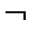
\neg